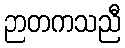
ဉာတကသညီ